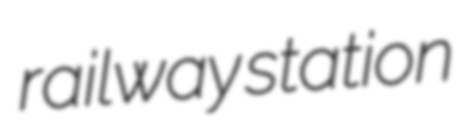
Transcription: railway station